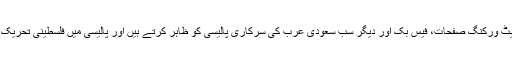
ناقدین کا کہنا ہے کہ العربیہ چینل اور اس کے سوشل نیٹ ورکنگ صفحات، فیس بک اور دیگر سب سعودی عرب کی سرکاری پالیسی کو ظاہر کرتے ہیں اور پالیسی میں فلسطینی تحریک آزادی کو بدنام کرنے کی منظم مہم چلائی جا رہی ہے۔